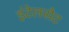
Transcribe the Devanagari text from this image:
इंटेलसैट